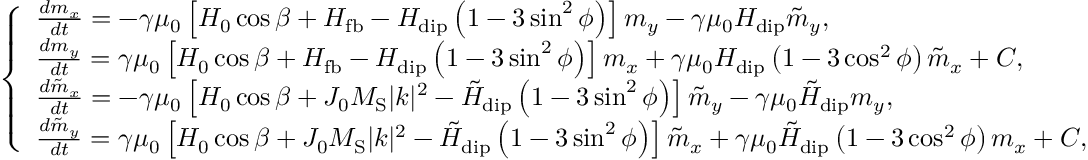
\left\{ \begin{array} { l l } { \frac { d m _ { x } } { d t } = - \gamma \mu _ { \mathrm { 0 } } \left[ H _ { \mathrm { 0 } } \cos \beta + H _ { \mathrm { f b } } - H _ { \mathrm { d i p } } \left( 1 - 3 \sin ^ { 2 } \phi \right) \right] m _ { y } - \gamma \mu _ { \mathrm { 0 } } H _ { \mathrm { d i p } } \tilde { m } _ { y } , } \\ { \frac { d m _ { y } } { d t } = \gamma \mu _ { \mathrm { 0 } } \left[ H _ { \mathrm { 0 } } \cos \beta + H _ { \mathrm { f b } } - H _ { \mathrm { d i p } } \left( 1 - 3 \sin ^ { 2 } \phi \right) \right] m _ { x } + \gamma \mu _ { \mathrm { 0 } } H _ { \mathrm { d i p } } \left( 1 - 3 \cos ^ { 2 } \phi \right) \tilde { m } _ { x } + C , } \\ { \frac { d \tilde { m } _ { x } } { d t } = - \gamma \mu _ { \mathrm { 0 } } \left[ H _ { \mathrm { 0 } } \cos \beta + J _ { \mathrm { 0 } } M _ { \mathrm { S } } | k | ^ { 2 } - \tilde { H } _ { \mathrm { d i p } } \left( 1 - 3 \sin ^ { 2 } \phi \right) \right] \tilde { m } _ { y } - \gamma \mu _ { \mathrm { 0 } } \tilde { H } _ { \mathrm { d i p } } m _ { y } , } \\ { \frac { d \tilde { m } _ { y } } { d t } = \gamma \mu _ { \mathrm { 0 } } \left[ H _ { \mathrm { 0 } } \cos \beta + J _ { \mathrm { 0 } } M _ { \mathrm { S } } | k | ^ { 2 } - \tilde { H } _ { \mathrm { d i p } } \left( 1 - 3 \sin ^ { 2 } \phi \right) \right] \tilde { m } _ { x } + \gamma \mu _ { \mathrm { 0 } } \tilde { H } _ { \mathrm { d i p } } \left( 1 - 3 \cos ^ { 2 } \phi \right) m _ { x } + C , } \end{array} \right.